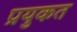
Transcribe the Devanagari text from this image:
प्रयुकत